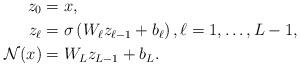
LaTeX: \begin{align*}z_{0}&= x,\\z_{\ell}&=\sigma \left (W_{\ell} z_{\ell-1} + b_{\ell} \right ), \ell=1,\ldots, L-1, \\\mathcal{N}(x)&= W_{L} z_{L-1} + b_{L}. \end{align*}